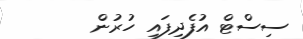
ސިސްޓް އުފެދިފައި ހުރުން